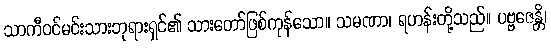
သာကီဝင်မင်းသားဘုရားရှင်၏ သားတော်ဖြစ်ကုန်သော။ သမဏာ၊ ရဟန်းတို့သည်။ ပဗ္ဗဇေန္တိ၊